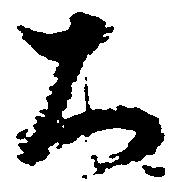
大